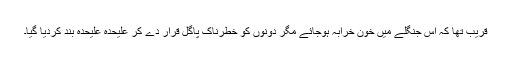
قریب تھا کہ اس جنگلے میں خون خرابہ ہوجائے مگر دونوں کو خطرناک پاگل قرار دے کر علیٰحدہ علیٰحدہ بند کردیا گیا۔